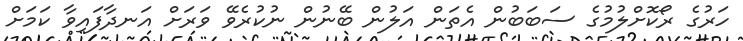
ހަރުގެ ރޯކޮށްލުމުގެ ސަބަބުން އެތަން އަލުން ބޭނުން ނުކުރެވޭ ވަރަށް އަނދާފައިވާ ކަމަށް